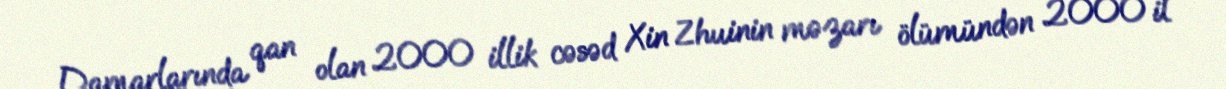
Damarlarında qan olan 2000 illik cəsəd Xin Zhuinin məzarı ölümündən 2000 il